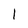
Character: 1